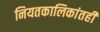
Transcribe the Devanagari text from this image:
नियतकालिकांतही